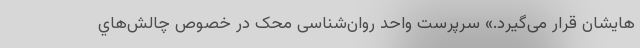
‌هایشان قرار می‌گیرد.» سرپرست واحد روان‌شناسی محک در خصوص چالش‌هاي